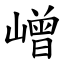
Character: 嶒